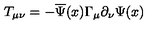
T _ { \mu \nu } = - \overline { { \Psi } } ( x ) \Gamma _ { \mu } \partial _ { \nu } \Psi ( x )